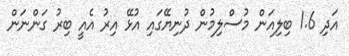
އަދި 1.6 ބިލިއަން މުސްލިމުން ދުނިޔޭގައި އުޅޭ އިރު އެއީ ބިރު ގަންނަން